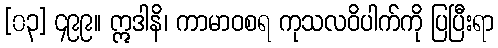
[၀၃] ၄၉၉။ ဣဒါနိ၊ ကာမာဝစရ ကုသလဝိပါက်ကို ပြပြီးရာ